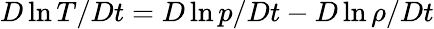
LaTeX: D\ln T/Dt=D\ln p/Dt-D\ln\rho/Dt